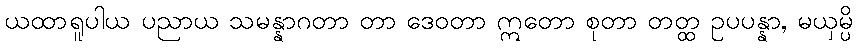
ယထာရူပါယ ပညာယ သမန္နာဂတာ တာ ဒေဝတာ ဣတော စုတာ တတ္ထ ဥပပန္နာ, မယှမ္ပိ